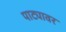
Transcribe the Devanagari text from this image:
पाट्यावर